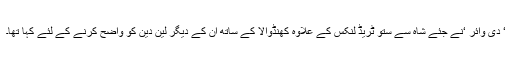
‘ دی وائر ‘نے جئے شاہ سے ستو ٹریڈ لنکس کے علاوہ کھنڈوالا کے ساتھ ان کے دیگر لین دین کو واضح کرنے کے لئے کہا تھا۔